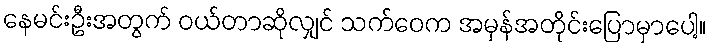
နေမင်းဦးအတွက် ဝယ်တာဆိုလျှင် သက်ဝေက အမှန်အတိုင်းပြောမှာပေါ့။